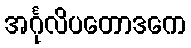
အင်္ဂုလိပတောဒကေ